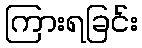
ကြားရခြင်း